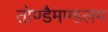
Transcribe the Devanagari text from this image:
तोण्डैमण्डलम